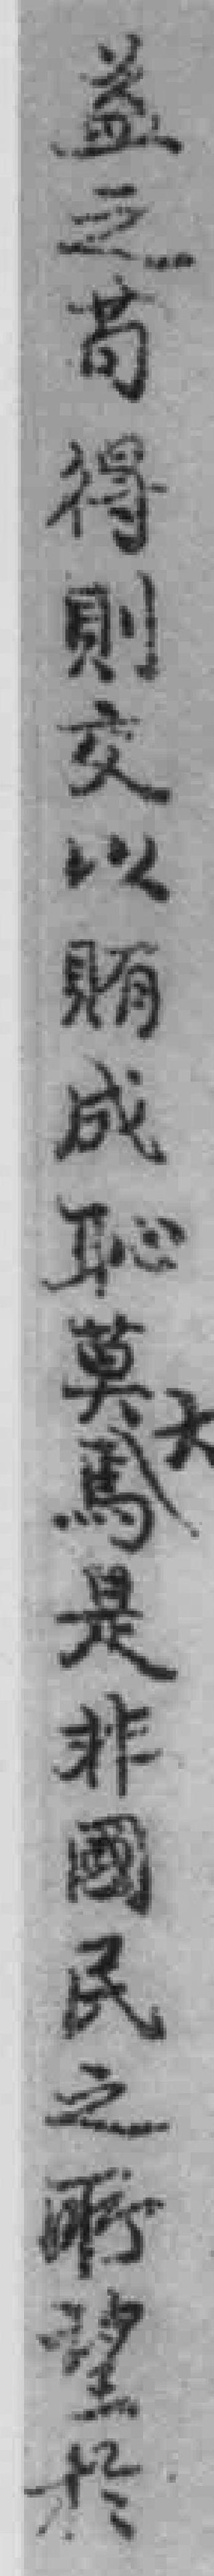
益之苟得則交以賄成恥莫馬是非國民之所望於